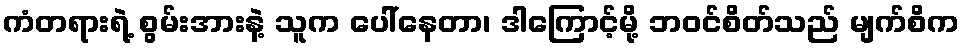
ကံတရားရဲ့ စွမ်းအားနဲ့ သူက ပေါ်နေတာ၊ ဒါကြောင့်မို့ ဘဝင်စိတ်သည် မျက်စိက